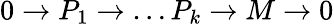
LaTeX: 0\to P_{1}\to\dots P_{k}\to M\to 0